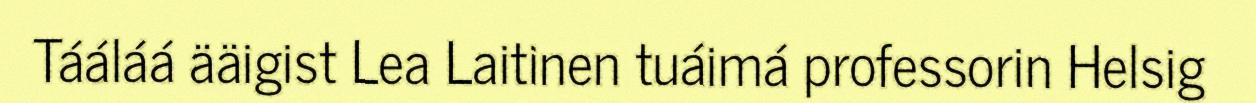
Tááláá ääigist Lea Laitinen tuáimá professorin Helsig